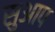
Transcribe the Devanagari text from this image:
सुआप